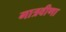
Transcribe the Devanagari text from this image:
गात्रवीणा